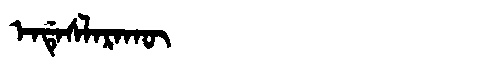
Manchu: ᡝᠨᡩᡝᠰᠯᠠᡵᠠᡴᡡ
Romanization: ENDESLARAKŪ